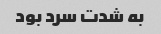
به شدت سرد بود